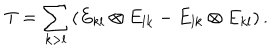
T = \sum _ { k > l } \left( E _ { k l } \otimes E _ { l k } - E _ { l k } \otimes E _ { k l } \right) .